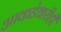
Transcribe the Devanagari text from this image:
आकडेवारीही